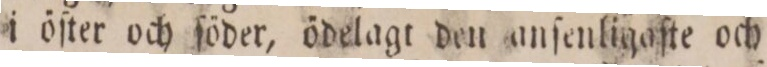
i öſter och ſöder, ödelagt den anſenligaſte och